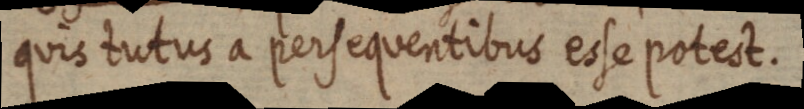
quis tutus a persequentibus esse potest.